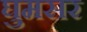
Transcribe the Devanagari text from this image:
घुमसर